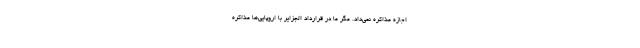
اجازه مذاکره نمی‌داد. مگر ما در قرارداد الجزایر با اروپایی‌ها مذاکره